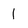
Character: 1